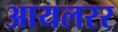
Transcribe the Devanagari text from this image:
आयलरर